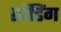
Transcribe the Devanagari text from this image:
स्पेंडिंग